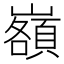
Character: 𡾆